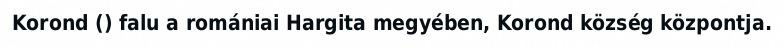
Korond () falu a romániai Hargita megyében, Korond község központja.